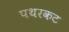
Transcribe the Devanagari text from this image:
पथरकट